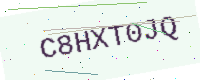
Text: C8HXT0JQ